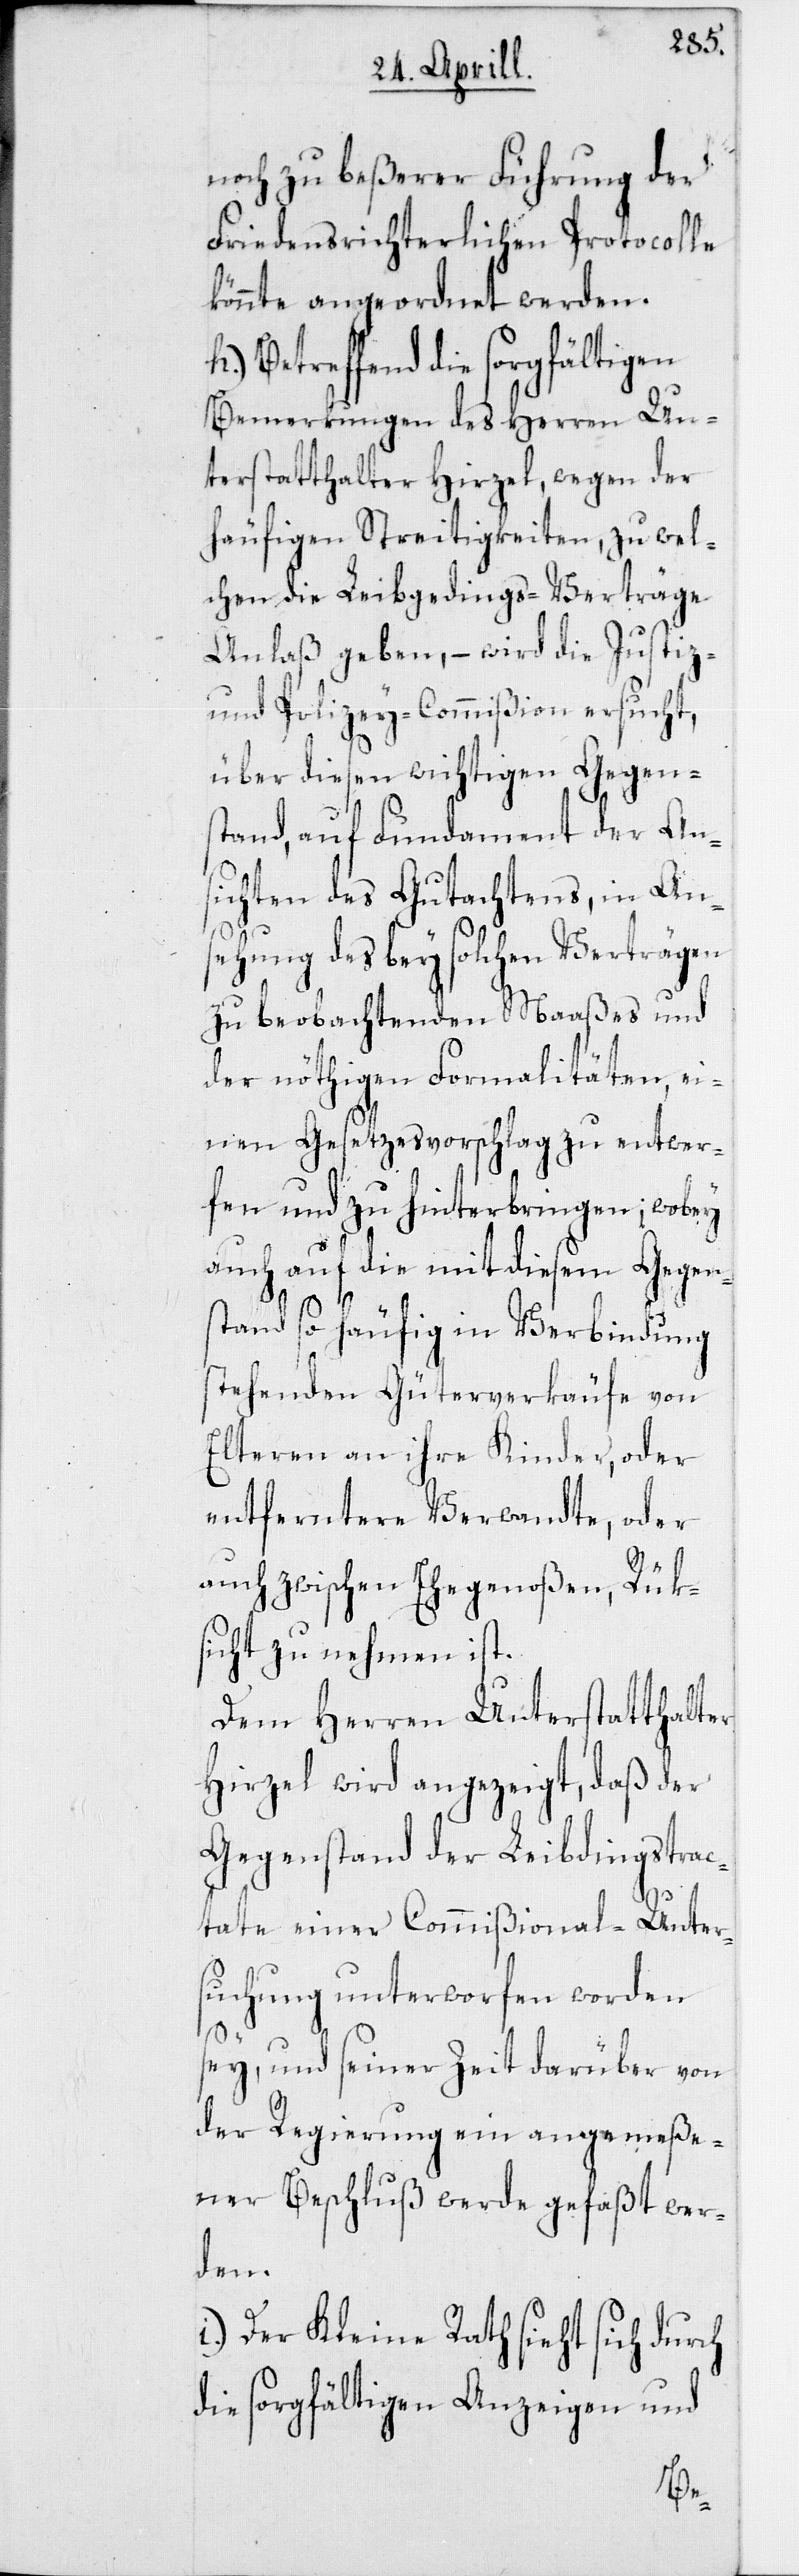
noch zu beßerer Führung der
Friedensrichterlichen Protocolle
könnte angeordnet werden.
h) Betreffend die sorgfältigen
Bemerkungen des Herren Un¬
terstatthalter Hirzel, wegen der
häufigen Streitigkeiten, zu wel¬
chen die Leibgedings-Verträge
Anlaß geben, – wird die Justiz-
und Polizey-Commißion ersucht,
über diesen wichtigen Gegens¬
tand, auf Fundament der Ans¬
ichten des Gutachtens, in An¬
sehung des bey solchen Verträgen
zu beobachtenden Maaßes und
der nöthigen Formalitäten, ei¬
nen Gesetzesvorschlag zu entwer¬
fen und zu hinterbringen; wobey
auch auf die mit diesem Gegen¬
stand so häufig in Verbindung
stehenden Güterverkäufe von
Elteren an ihre Kinder, oder
entferntere Verwandte, oder
auch zwischen Ehegenoßen, Rük¬
sicht zu nehmen ist.
Dem Herren Unterstatthalter
Hirzel wird angezeigt, daß der
Gegenstand der Leibdingstrac¬
tate einer Commißional-Unter¬
suchung unterworfen worden
sey, und seiner Zeit darüber von
der Regierung ein angemeße¬
ner Beschluß werde gefaßt wer¬
den.
i) Der Kleine Rath sieht sich durch
die sorgfältige Anzeigen und